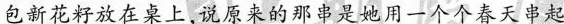
包新花籽放在桌上，说原来的那串是她用一个个春天串起